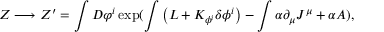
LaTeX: Z \longrightarrow Z ^ { \prime } = \int { \cal D } \varphi ^ { i } \exp ( \int \big ( { \cal L } + K _ { \phi ^ { i } } \delta \phi ^ { i } \big ) - \int \alpha \partial _ { \mu } J ^ { \mu } + \alpha { \sl A } ) ,